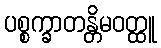
ပစ္စက္ခာတန္တိမဝတ္ထူ